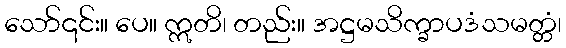
သော်၎င်း။ ပေ။ ဣတိ၊ တည်း။ အဋ္ဌမသိက္ခာပဒံသမတ္တံ၊